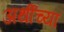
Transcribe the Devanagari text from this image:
अर्थीच्या